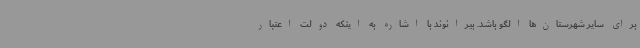
برای سایر شهرستان‌ها الگو باشد. بیرانوند با اشاره به اینکه دولت اعتبار